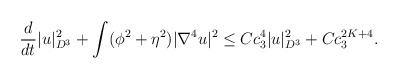
\begin{align*}&\frac{d}{dt}|u|^2_{D^3}+\int (\phi^2+\eta^2)| \nabla^4 u|^2\leq Cc^{4}_3 |u|^2_{D^3}+Cc^{2K+4}_3.\end{align*}